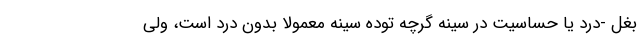
بغل -درد یا حساسیت در سینه گرچه توده سینه معمولا بدون درد است، ولی